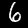
Label: 6